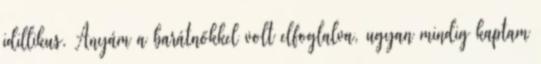
idillikus. Anyám a barátnőkkel volt elfoglalva, ugyan mindig kaptam